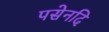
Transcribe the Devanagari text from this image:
पसेनदि